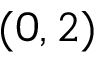
( 0 , 2 )